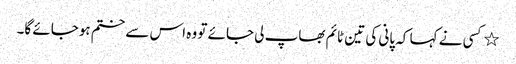
٭کسی نے کہا کہ پانی کی تین ٹائم بھاپ لی جائے تو وہ اس سے ختم ہوجائے گا۔